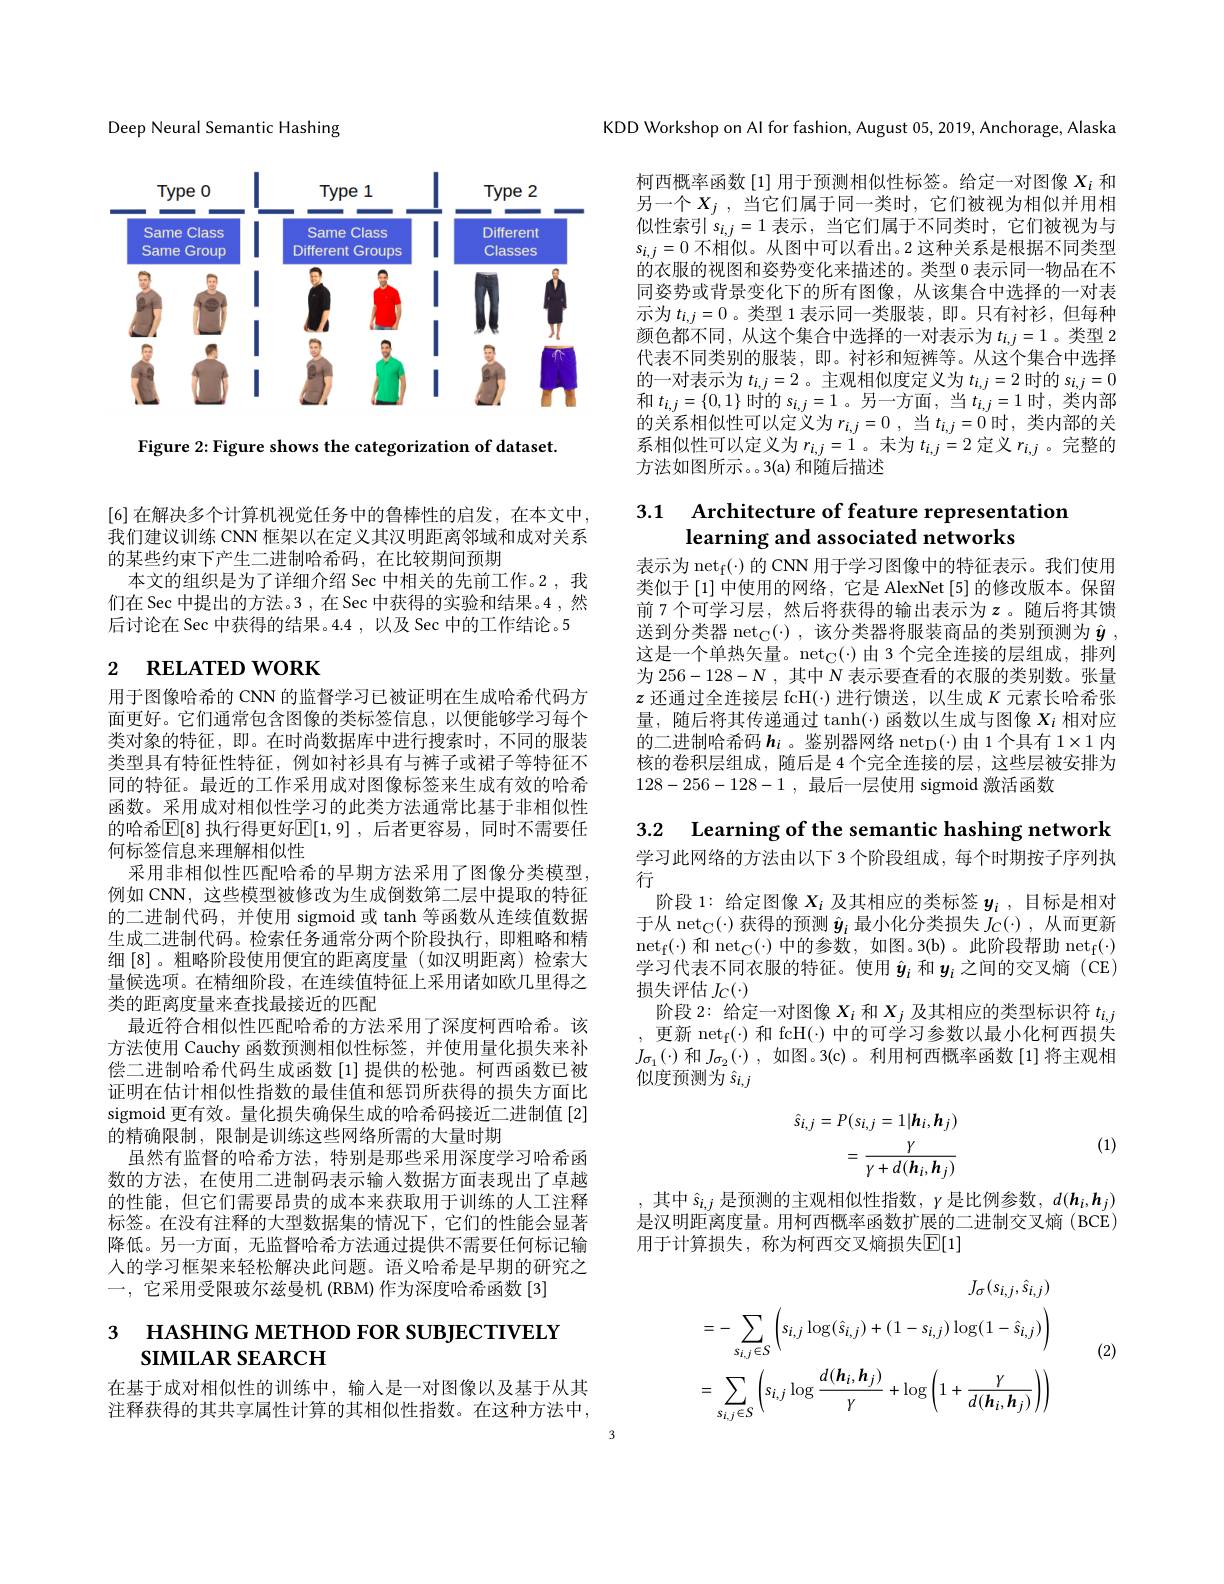
Deep Neural Semantic Hashing

<FigureHere>

Figure 2: Figure shows the categorization of dataset.

[6] 在解决多个计算机视觉任务中的鲁棒性的启发，在本文中， 我们建议训练 CNN 框架以在定义其汉明距离邻域和成对关系的某些约束下产生二进制哈希码，在比较期间预期
本文的组织是为了详细介绍 Sec 中相关的先前工作。2 ,我们在 Sec 中提出的方法。3 ,在 Sec 中获得的实验和结果。4 ,然后讨论在 Sec 中获得的结果。4.4 , 以及 Sec 中的工作结论。5

# 2 RELATED WORK

用于图像哈希的 CNN 的监督学习已被证明在生成哈希代码方面更好。它们通常包含图像的类标签信息，以便能够学习每个类对象的特征，即。在时尚数据库中进行搜索时，不同的服装类型具有特征性特征，例如衬衫具有与裤子或裙子等特征不同的特征。最近的工作采用成对图像标签来生成有效的哈希函数。采用成对相似性学习的此类方法通常比基于非相似性的哈希$\mathbb{E}[8]$ 执行得更好$\mathbb{E}[1,9]$, 后者更容易，同时不需要任何标签信息来理解相似性
采用非相似性匹配哈希的早期方法采用了图像分类模型， 例如 CNN, 这些模型被修改为生成倒数第二层中提取的特征的二进制代码，并使用 sigmoid 或 tanh 等函数从连续值数据生成二进制代码。检索任务通常分两个阶段执行，即粗略和精细[8]。粗略阶段使用便宜的距离度量(如汉明距离)检索大量候选项。在精细阶段，在连续值特征上采用诸如欧几里得之类的距离度量来查找最接近的匹配
最近符合相似性匹配哈希的方法采用了深度柯西哈希。该方法使用 Cauchy 函数预测相似性标签，并使用量化损失来补偿二进制哈希代码生成函数[1]提供的松弛。柯西函数已被证明在估计相似性指数的最佳值和惩罚所获得的损失方面比sigmoid 更有效。量化损失确保生成的哈希码接近二进制值[2] 的精确限制，限制是训练这些网络所需的大量时期
虽然有监督的哈希方法，特别是那些采用深度学习哈希函数的方法，在使用二进制码表示输入数据方面表现出了卓越的性能，但它们需要昂贵的成本来获取用于训练的人工注释标签。在没有注释的大型数据集的情况下，它们的性能会显著降低。另一方面，无监督哈希方法通过提供不需要任何标记输人的学习框架来轻松解决此问题。语义哈希是早期的研究之一，它采用受限玻尔兹曼机(RBM)作为深度哈希函数[3]

# 3 назнING мЕТНОD FOR SUBJECTIVELY $s$IMILAR SEARCH

在基于成对相似性的训练中，输入是一对图像以及基于从其注释获得的其共享属性计算的其相似性指数。在这种方法中，

KDD Workshop on Al for fashion, August 05,2019,Anchorage, Alaska

柯西概率函数[1]用于预测相似性标签。给定一对图像$X_i$和另一个$X_j$ , $当 它 们 属 于 同 一 类 时 $, 它们被视为相似并用相似性索引$s_{i,j}=1$ 表示 ,当它们属于不同类时，它们被视为与$s_{i,j}=0$不相似。从图中可以看出。2 这种关系是根据不同类型的衣服的视图和姿势变化来描述的。类型 0 表示同一物品在不同姿势或背景变化下的所有图像，从该集合中选择的一对表示为$t_{i,j}=0$ 。类型 1 表示同一类服装 ,即。只有衬衫，但每种颜色都不同，从这个集合中选择的一对表示为$t_{i,j}=1$ 。类型 2代表不同类别的服装，即。衬衫和短裤等。从这个集合中选择的一对表示为$t_i,j=2$ 。主观相似度定义为$t_i,j=2$时的$s_i,j=0$ 和$t_{i,j}=\{0,1\}$时的$s_i,j=1$ 。另一方面，当$t_i,j=1$时 ,类内部的关系相似性可以定义为$r_i, j= 0$ , $当$ $t_{i, j}= 0$时，类内部的关系相似性可以定义为$r_{i,j}=1$ 。未为$t_{i,j}=2$定义$r_{i,j}$ 。完整的方法如图所示。3(a) 和随后描述

## 3.1 Architecture of feature representation learning and associated networks

表示为ne$t_f$( $\cdot$) 的 CNN 用于学习图像中的特征表示。我们使用类似于[1] 中使用的网络，它是 AlexNet[5] 的修改版本。保留前 7 个可学习层，然后将获得的输出表示为$z$。随后将其馈送到分类器 net$_{\mathrm{C}}(\cdot)$,该分类器将服装商品的类别预测为$\hat{\boldsymbol{y}}$, 这是一个单热矢量。$\mathrm{net}_{\mathbb{C}}(\cdot)$由 3 个完全连接的层组成，排列为$256-128-N$ ,其中$N$表示要查看的衣服的类别数。张量$z$还通过全连接层 fcH(·)进行馈送，以生成$K$元素长哈希张量，随后将其传递通过$\tanh(\cdot)$函数以生成与图像 $X_i$ 相对应的二进制哈希码$h_i$ 。鉴别器网络 netp(·)由 1个具有$1\times1$内核的卷积层组成，随后是 4 个完全连接的层，这些层被安排为128-256-128-1,最后一层使用 sigmoid 激活函数

3.2 Learning of the semantic hashing network

学习此网络的方法由以下 3 个阶段组成，每个时期按子序列执
行
阶段 1: 给定图像$X_i$及其相应的类标签$y_i$,目标是相对于从 net$_{\mathbb{C}}(\cdot)$获得的预测$\hat{\boldsymbol{y}}_i$最小化分类损失$J_C(\cdot)$,从而更新ne$t_f$( $\cdot$) $和 net_{\mathbb{C} }( \cdot )$ 中的参数，如图。3(b)。此阶段帮助ne$t_f$( $\cdot$) 学习代表不同衣服的特征。使用$\hat{\boldsymbol{y}}_i$和$\boldsymbol{y}_i$之间的交叉熵 (CE) 损失评估$J_C(\cdot)$
阶段 2: 给定一对图像$X_i$和$X_j$及其相应的类型标识符$t_i,j$ 更新 netf(·) 和 fcH(·) 中的可学习参数以最小化柯西损失
$J_{\sigma_1}(\cdot)$和$J_{\sigma_2}(\cdot)$,如图。3(c)。利用柯西概率函数[1]将主观相
似度预测为$\hat{s}_{i,j}$
$$\begin{aligned}\hat{s}_{i,j}&=P(s_{i,j}=1|h_{i},h_{j})\\&=\frac{\gamma}{\gamma+d(h_{i},h_{j})}\end{aligned}$$
(1)

,其中$\hat{s}_i,j$ 是预测的主观相似性指数，$\gamma$是比例参数$,d(\boldsymbol h_i,\boldsymbol h_j)$ 是汉明距离度量。用柯西概率函数扩展的二进制交叉熵(BCE) 用于计算损失，称为柯西交叉熵损失$\mathbb{E}[1]$
$$J_{\sigma}(s_{i,j},\hat{s}_{i,j})\\=-\sum_{s_{i,j}\in S}\left(s_{i,j}\log(\hat{s}_{i,j})+(1-s_{i,j})\log(1-\hat{s}_{i,j})\right)\\=\sum_{s_{i,j}\in S}\left(s_{i,j}\log\frac{d(\boldsymbol{h}_{i},\boldsymbol{h}_{j})}{\gamma}+\log\left(1+\frac{\gamma}{d(\boldsymbol{h}_{i},\boldsymbol{h}_{j})}\right)\right)$$
(2)